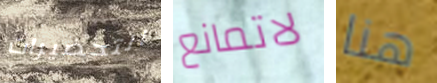
التحضيرات لاتمانع هنا